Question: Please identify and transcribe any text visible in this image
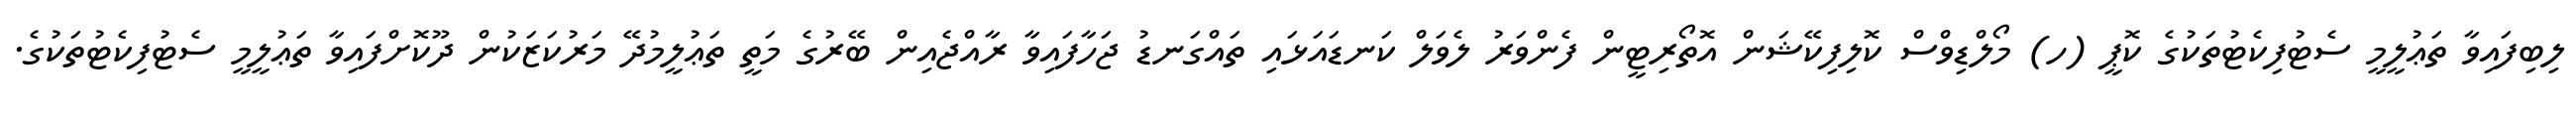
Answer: ލިބިފައިވާ ތަޢުލީމީ ސެޓުފިކެޓުތަކުގެ ކޮޕީ (ހ) މޯލްޑިވްސް ކޮލިފިކޭޝަން އޮތޯރިޓީން ފެންވަރު ލެވަލް ކަނޑައަޅައި ތައްގަނޑު ޖަހާފައިވާ ރާއްޖެއިން ބޭރުގެ މަތީ ތަޢުލީމުދޭ މަރުކަޒަކުން ދޫކޮށްފައިވާ ތަޢުލީމީ ސެޓުފިކެޓުތަކުގެ.